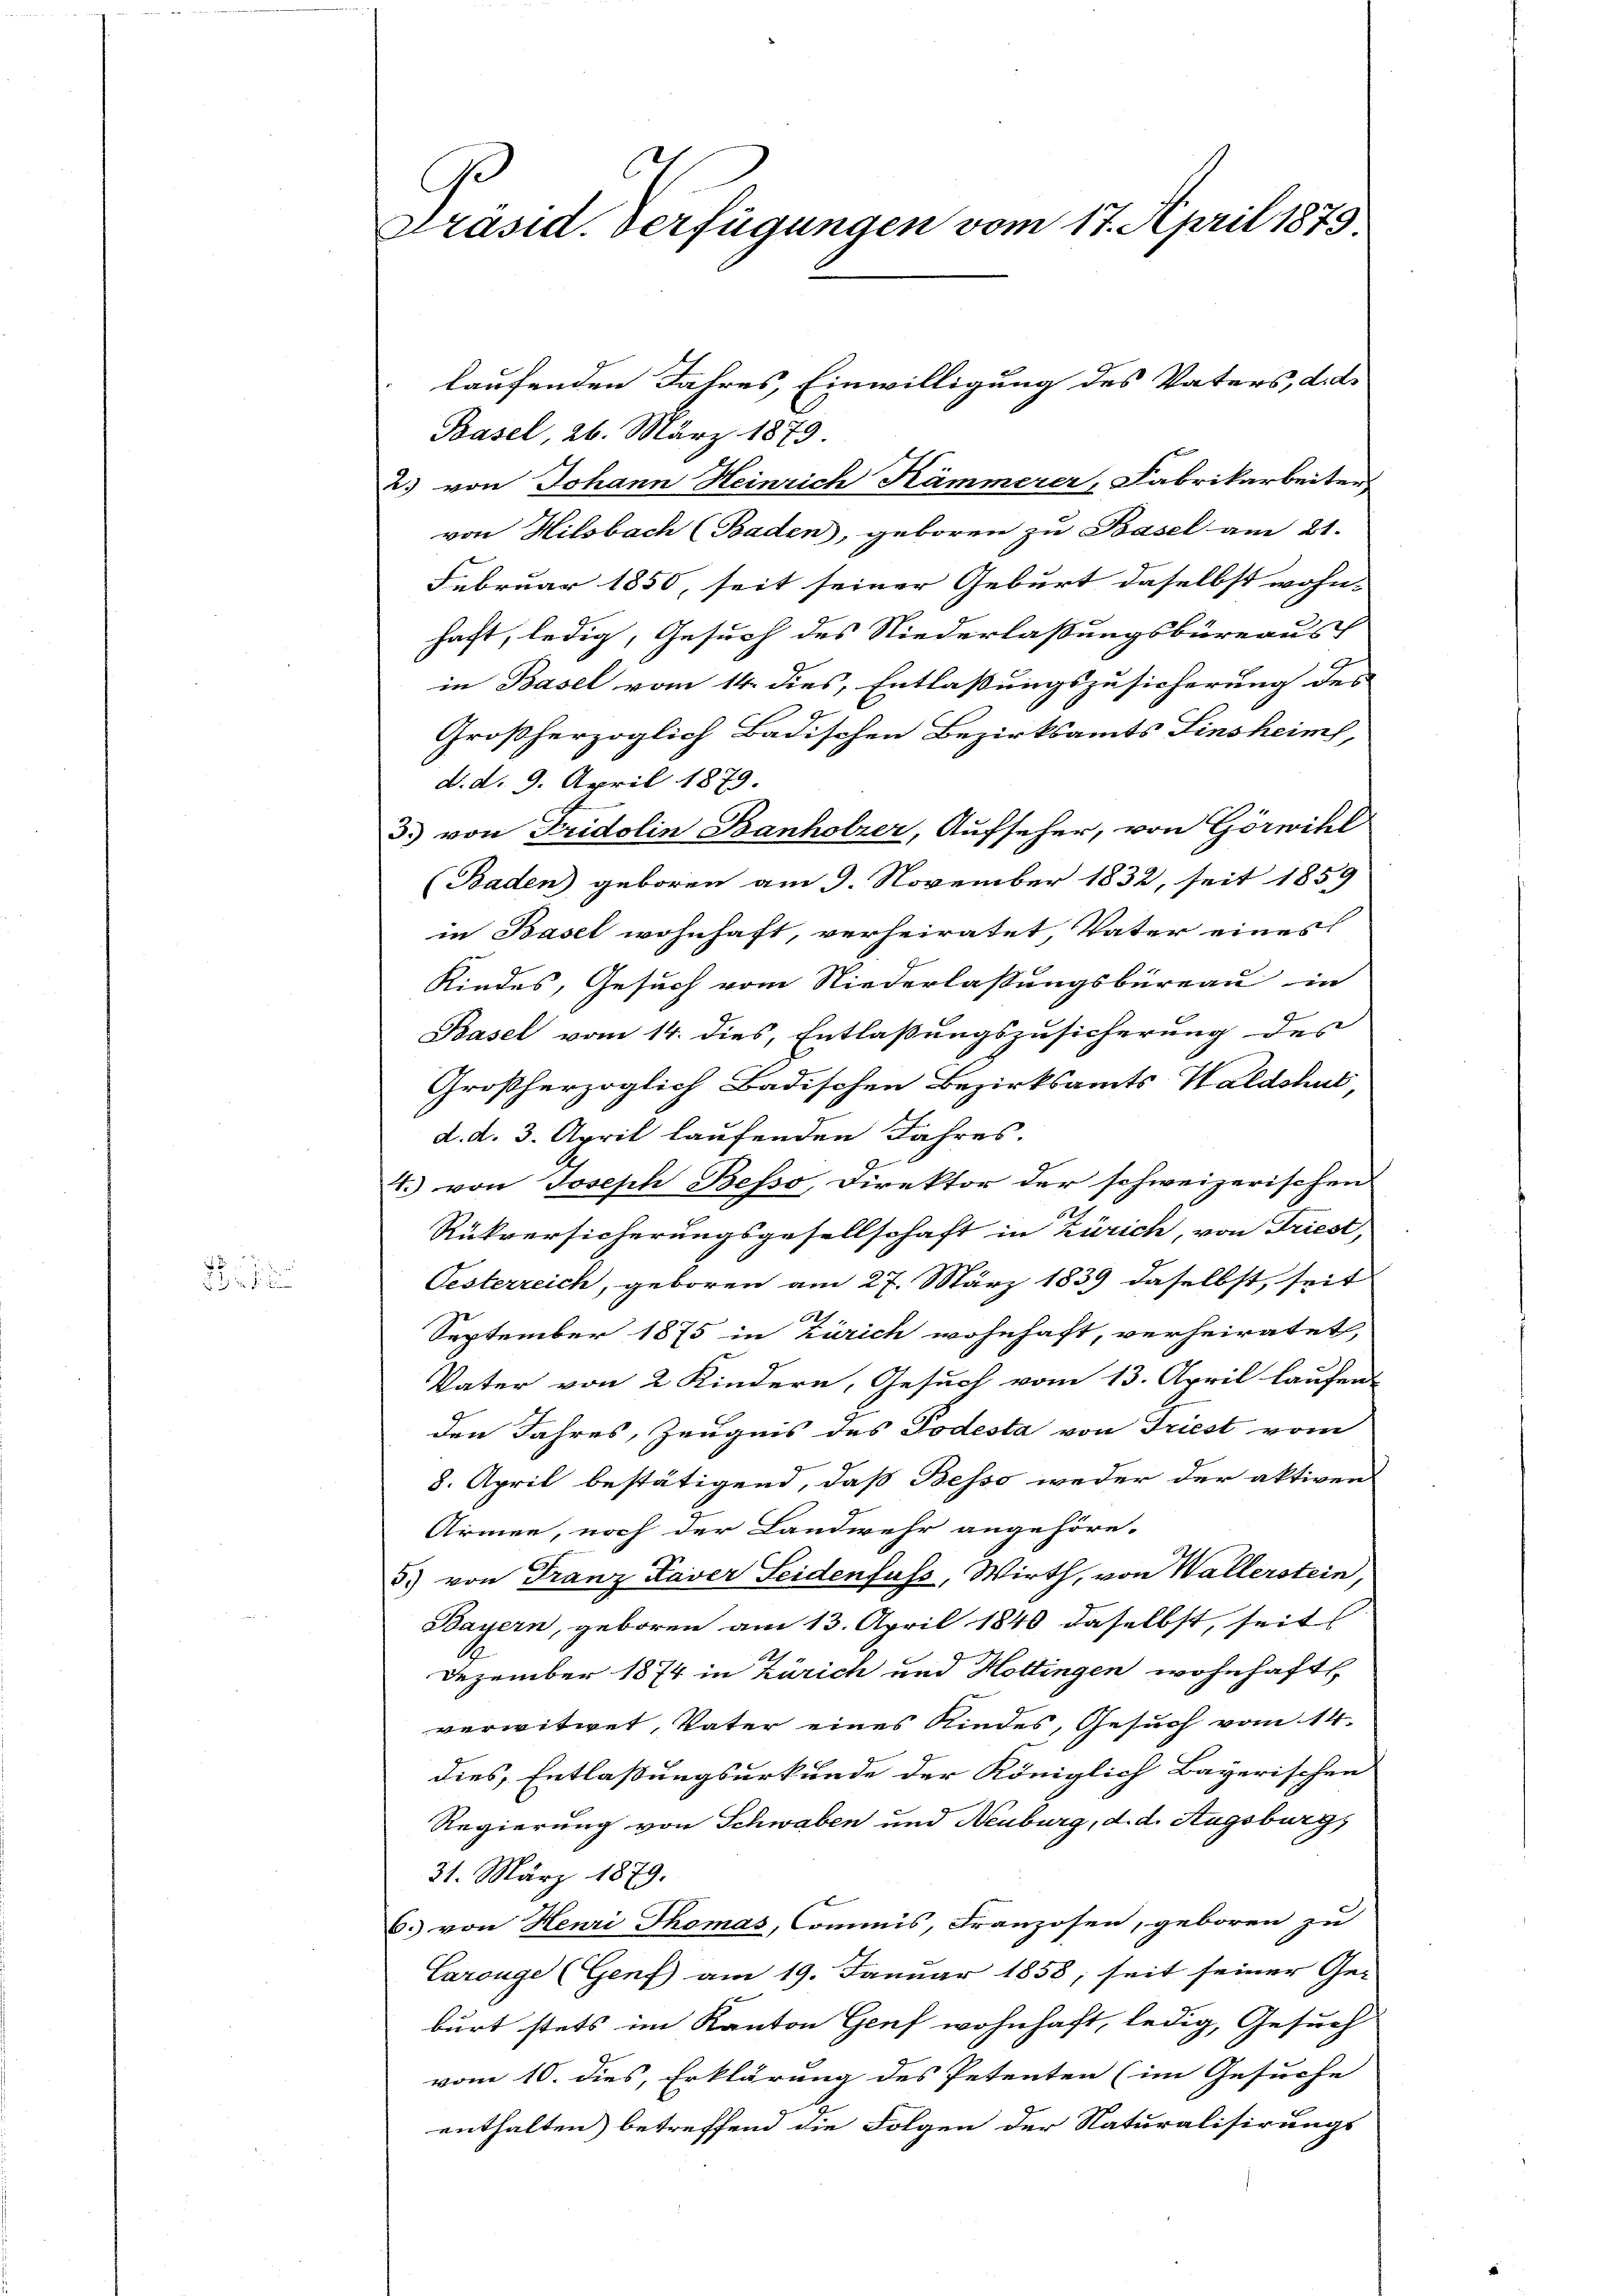
2
  2 d

C
Präsid. Verfügungen vom 17. April 1879

laufenden Jahres, Einwilligung des Vaters, d. d.
Basel, 26. März 1879
2) von Johann Heinrich Kämmerer, Fabrikarbeiter
von Hilsbach (Baden, geboren zu Basel am 21.
Februar 1850, seit seiner Geburt daselbst wohn-
haft, ledig, Gesuch des Niederlassungsbüreaus
in Basel vom 14. dies, Entlassungszusicherung des
Großherzoglich Badischen Bezirksamts Einsheim,
d. d. 9. April 1879.
3) von Fridolin Banholzer, Aufseher, von Görwihl
(Baden) geboren am 9. November 1832, seit 1859
in Basel wohnhaft, verheiratet, Vater eines
Kindes, Gesuch vom Niederlassungsbureau in
Basel vom 14. dies, Entlaßungszusicherung des
Großherzoglich Badischen Bezirksamts Waldshut,
d. d. 3. April laufenden Jahres.
4.) von Joseph Besso, Direktor der schweizerischen
.
Rükversicherungsgesellschaft in Zürich, von Friest,
Oesterreich, geboren am 27. März 1839 daselbst, seit
.
September 1875 in Zürich wohnhaft, verheiratet,
Vater von 2 Kindern, Gesuch vom 13. April laufend
den Jahres, Zeugnis des Todesta von Friest vom
8. April bestätigend, daß Besso weder der aktiven
Armen, noch der Landwehr angehöre-
5) von Franz Kaver Seidenfuss, Wirth, von Wallerstein,
Bayern, geboren am 13. April 1840 daselbst, seits
Dezember 1874 in Zürich und Hottingen wohnhaft,
verwitwet, Vater eines Kindes, Gesuch vom 14.
dies, Entlaßungsurkunde der Königlich Bayerischen
Regierung von Schwaben und Neuburg, d. d. Augsburgs
31. März 1879.
6. von Henri Thomas, Commis, Franzosen, geboren zu
Carouge (Genf) am 19. Januar 1858; seit seiner Ge-
burt stets im Kanton Genf wohnhaft, ledig, Gesuch
vom 10. dies, Erklärung des Petenten (im Gesuche
enthalten betreffend die Folgen der Naturalisirungs-